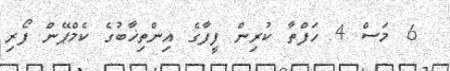
6 މަސް 4 ހަފްތާ ކުރިން ފީފާގެ އިންތިޚާބުގެ ކެމްޕޭން ފޯރި